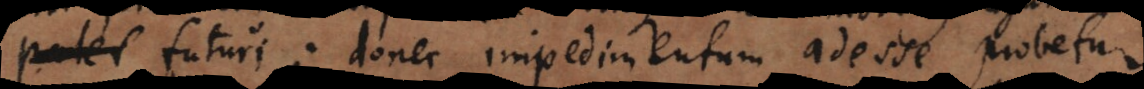
t futuri; donec impedimentum adesse probetur.